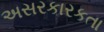
અસરકારકતા